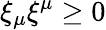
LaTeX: \xi_{\mu}\xi^{\mu}\ge 0